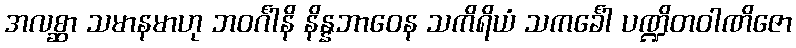
အလစ္ဆာ သမာနမာဟု ဘဝင်္ဂါနိ နိန္နဘာဝေန သကိရိယံ သကင်္ခေါ ပဏ္ဍိတဝါဏိဇော